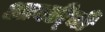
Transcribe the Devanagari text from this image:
आवडी्ची